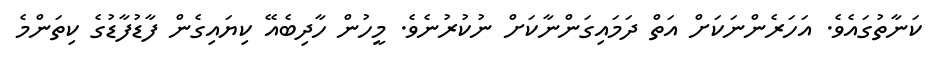
ކަނާތުގައެވެ. އަހަރެންނަކަށް އަތް ދަމައިގަންނާކަށް ނުކުރުނެވެ. މީހުން ހާދިބެއޭ ކިޔައިގެން ފާޑުފާޑުގެ ކިތަންމެ